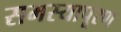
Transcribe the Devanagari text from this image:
समस्यापूरण